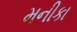
મનીકા